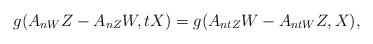
LaTeX: \begin{align*}g(A_{nW}Z-A_{nZ}W, tX)=g(A_{ntZ}W-A_{ntW}Z, X), \end{align*}